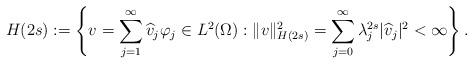
LaTeX: \begin{align*}H(2s):=\left\{v=\sum_{j=1}^\infty \widehat v_j\varphi_j\in L^2(\Omega):\|v\|_{H(2s)}^2=\sum_{j=0}^\infty\lambda_j^{2s}\vert\widehat v_j\vert^2<\infty\right\}.\end{align*}